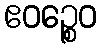
ဧဝဉ္စေဝ